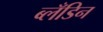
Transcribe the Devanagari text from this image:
ब्लँडिन